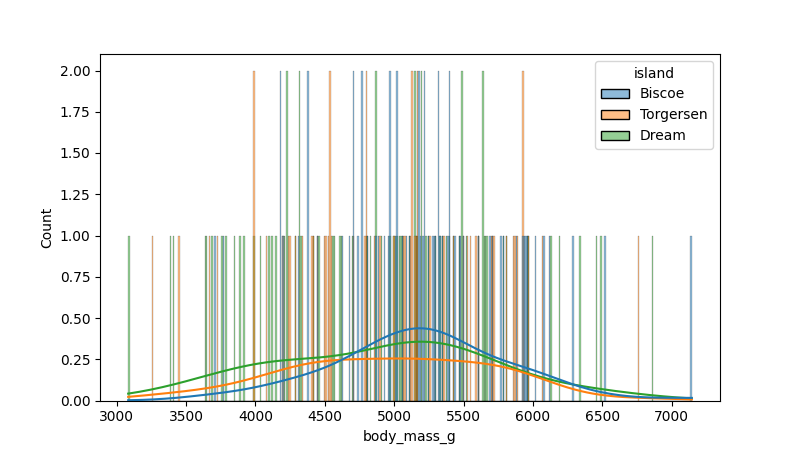
python, seaborn, histplot, hue='island', binwidth=10, bins='20', element='bars'